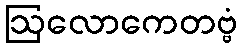
ဩလောကေတဗ္ဗံ